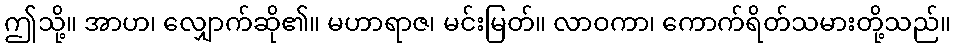
ဤသို့။ အာဟ၊ လျှောက်ဆို၏။ မဟာရာဇ၊ မင်းမြတ်။ လာဝကာ၊ ကောက်ရိတ်သမားတို့သည်။